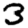
Digit: 3